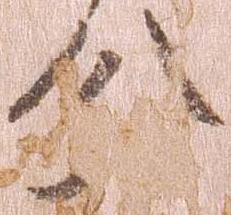
分